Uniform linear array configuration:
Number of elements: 48
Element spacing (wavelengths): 1
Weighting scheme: cosine
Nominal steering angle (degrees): -15
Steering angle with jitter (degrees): -15.735
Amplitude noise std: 0.05
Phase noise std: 0.05

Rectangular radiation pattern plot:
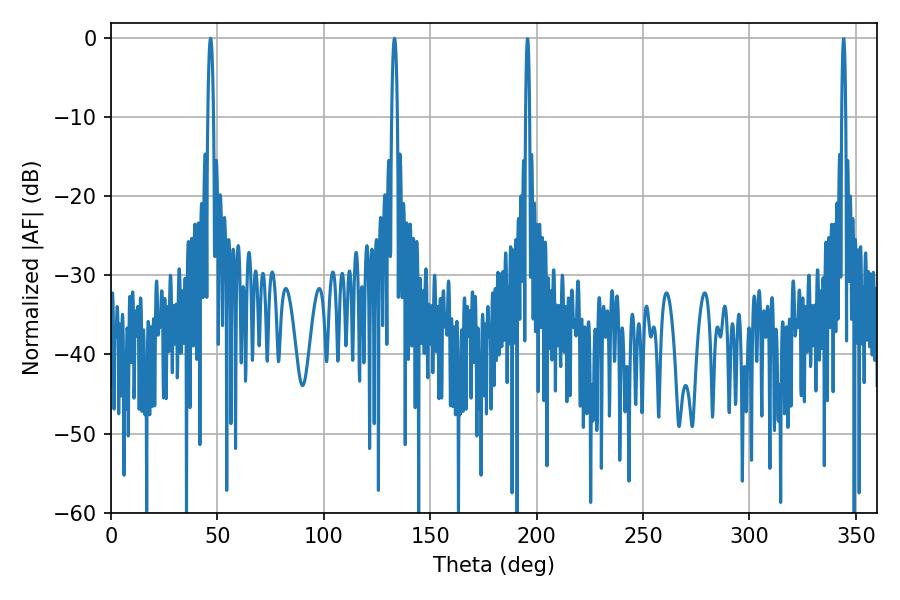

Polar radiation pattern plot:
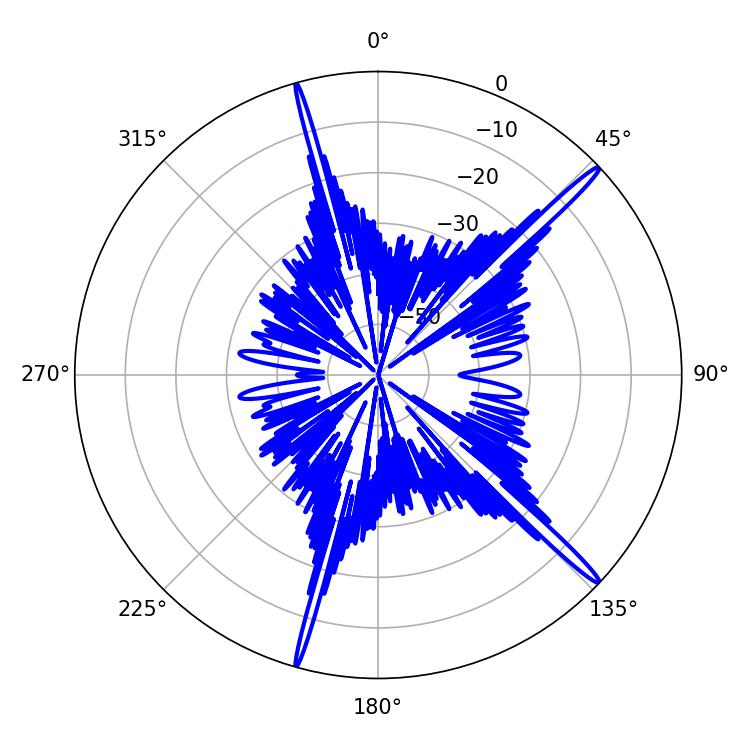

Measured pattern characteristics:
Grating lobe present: TRUE
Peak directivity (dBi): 17.835
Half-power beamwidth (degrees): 1.44
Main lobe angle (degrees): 133.2